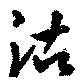
沽